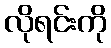
လိုရင်းကို